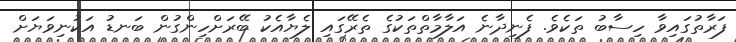
ފަރާތުގައިވާ ހިސާބު ތަކެވެ. ފެނިދާނެ އަލާމާތްތަކުގެ ތެރޭގައި ލެޔާއެކު ބޭރަށްހިންގުން ބަނޑު އަކުނިވަޔަށް